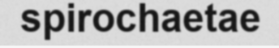
spirochaetae